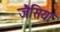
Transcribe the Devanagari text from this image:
जैसिया